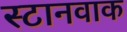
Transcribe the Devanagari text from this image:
स्टानवाक